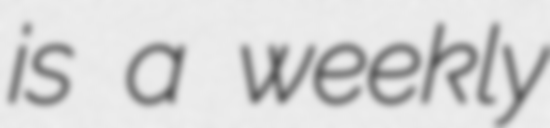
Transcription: is a weekly